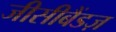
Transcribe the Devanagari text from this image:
जीसीबैंडज़